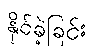
နိုင်ခဲ့ခြင်း